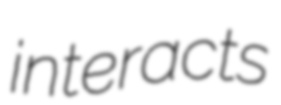
interacts